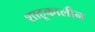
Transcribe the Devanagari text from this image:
शाहूकालीन